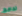
تحافظ